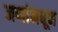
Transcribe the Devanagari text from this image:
जणांमधून